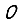
Digit: 0